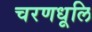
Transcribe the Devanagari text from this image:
चरणधूलि